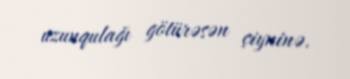
uzunqulağı götürəsən çiyninə.